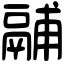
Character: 鬴